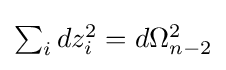
{\textstyle \sum _{i}dz_{i}^{2}=d\Omega _{n-2}^{2}}